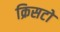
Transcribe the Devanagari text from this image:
क्रिसटो